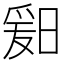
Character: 𬁆